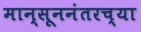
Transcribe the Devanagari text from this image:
मान्सूननंतरच्या